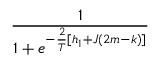
\frac { 1 } { 1 + e ^ { - \frac { 2 } { T } [ h _ { 1 } + J ( 2 m - k ) ] } }